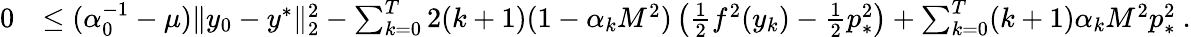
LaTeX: \begin{array}{rl}{0}&{\leq(\alpha_{0}^{-1}-\mu)\| y_{0}-y^{*}\| _{2}^{2}-\sum_{k=0}^{T}2(k+1)(1-\alpha_{k}M^{2})\left(\frac{1}{2}f^{2}(y_{k})-\frac{1}{2}p_{*}^{2}\right)+\sum_{k=0}^{T}(k+1)\alpha_{k}M^{2}p_{*}^{2}\ .}\end{array}